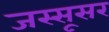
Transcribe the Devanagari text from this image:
जस्सूसर